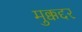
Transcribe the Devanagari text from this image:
मुक्कद्दर